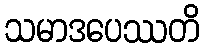
သမာဒပေဿတိ